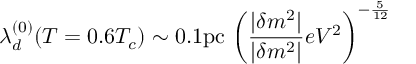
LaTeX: \lambda _ { d } ^ { ( 0 ) } ( T = 0 . 6 T _ { c } ) \sim 0 . 1 \mathrm { p c } \, \left( \frac { | \delta m ^ { 2 } | } { | \delta m ^ { 2 } | } { e V ^ { 2 } } \right) ^ { - \frac { 5 } { 1 2 } }